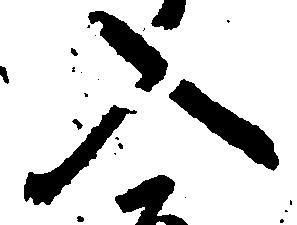
入